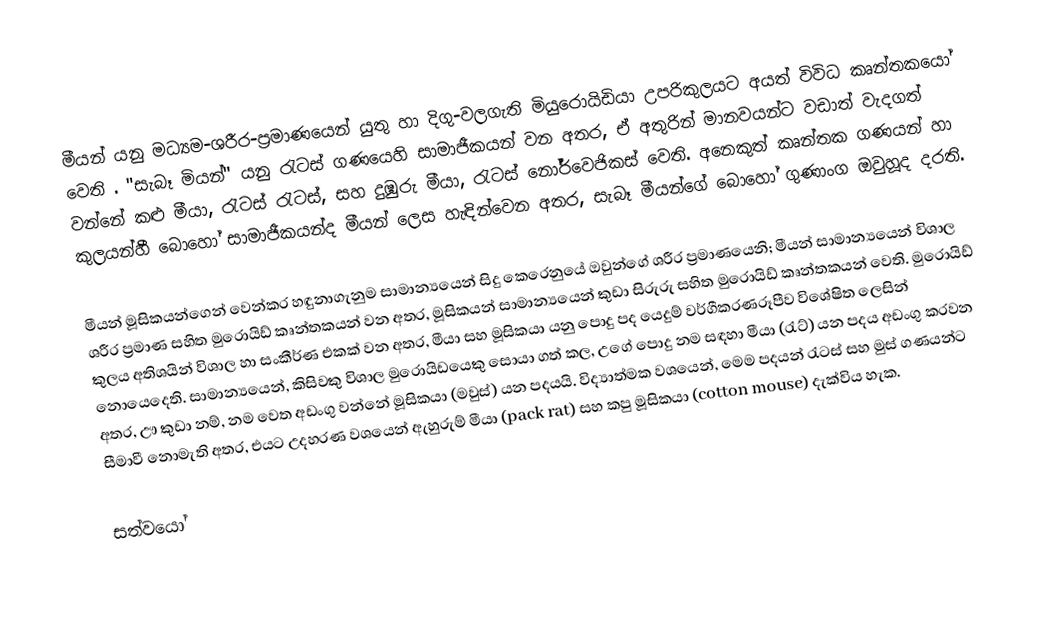
මීයන් යනු මධ්‍යම-ශරීර-ප්‍රමාණයෙන් යුතු හා  දිගු-වලගැති මියුරොයිඩියා උපරිකුලයට අයත් විවිධ කෘන්තකයෝ වෙති . "සැබෑ මියන්" යනු රැටස් ගණයෙහි සාමාජීකයන් වන අතර, ඒ අතුරින් මානවයන්ට වඩාත් වැදගත් වන්නේ කළු මීයා, රැටස් රැටස්, සහ දුඹුරු මීයා, රැටස් නෝර්වෙජිකස් වෙති. අනෙකුත් කෘන්තක ගණයන් හා කුලයන්හී බොහෝ සාමාජීකයන්ද මීයන් ලෙස හැඳින්වෙන අතර, සැබෑ මීයන්ගේ බොහෝ ගුණාංග ඔවුහූද දරති.

මීයන් මූසිකයන්ගෙන්  වෙන්කර හඳුනාගැනුම සාමාන්‍යයෙන් සිදු කෙරෙනුයේ ඔවුන්ගේ ශරීර ප්‍රමාණයෙනි; මීයන් සාමාන්‍යයෙන් විශාල ශරීර ප්‍රමාණ සහිත මුරොයිඩ් කෘන්තකයන් වන අතර, මූසිකයන් සාමාන්‍යයෙන් කුඩා සිරුරු සහිත මුරොයිඩ් කෘන්තකයන් වෙති. මුරොයිඩ් කුලය අතිශයින් විශාල හා සංකීර්ණ එකක් වන අතර, මීයා සහ මූසිකයා යනු පොදු පද යෙදුම් වර්ගීකරණරූපීව විශේෂිත ලෙසින් නොයෙදෙති. සාමාන්‍යයෙන්, කිසිවකු විශාල මුරොයිඩයෙකු සොයා ගත් කල, උගේ පොදු නම සඳහා මීයා (රැට්) යන පදය අඩංගු කරවන අතර, ඌ කුඩා නම්, නම වෙත අඩංගු වන්නේ මූසිකයා (මවුස්) යන පදයයි. විද්‍යාත්මක වශයෙන්, මෙම පදයන් රැටස් සහ මුස් ගණයන්ට සීමාවී නොමැති අතර, එයට උදහරණ වශයෙන් ඇහුරුම් මීයා (pack rat) සහ කපු මූසිකයා (cotton mouse) දැක්විය හැක.

සත්වයෝ